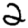
Digit: 2